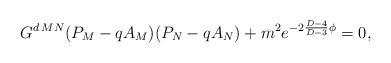
LaTeX: \begin{align*}G^{d\,MN}(P_M-qA_M)(P_N-qA_N)+m^2e^{-2{{D-4}\over{D-3}}\phi}=0,\end{align*}